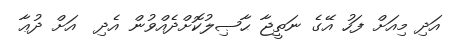
އަދި މިއަށް ފަހު އޭގެ ނަތީޖާ ޙާޞިލުކޮށްދެއްވުން އެދި  އަށް ދުޢާ